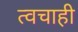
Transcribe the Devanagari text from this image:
त्वचाही